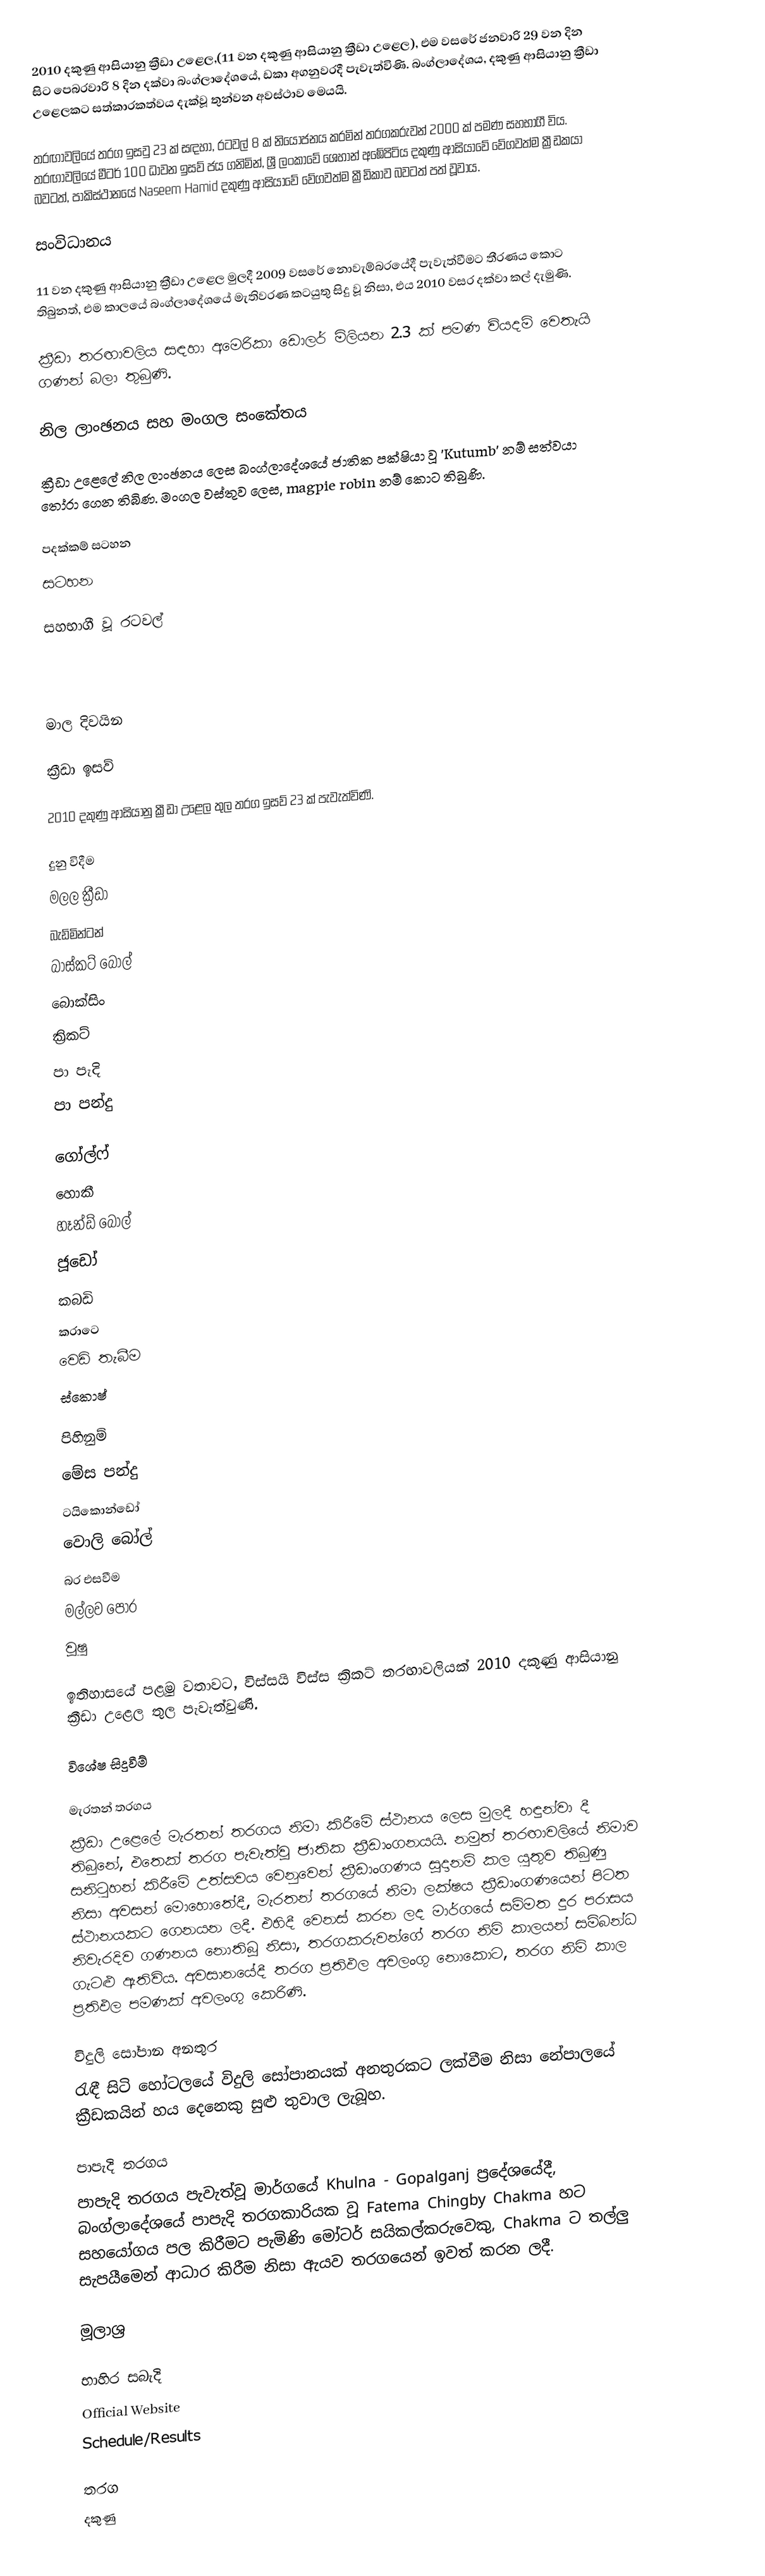
2010 දකුණු ආසියානු ක්‍රීඩා උළෙල,(11 වන දකුණු ආසියානු ක්‍රීඩා උළෙල), එම වසරේ ජනවාරි 29 වන දින සිට පෙබරවාරි 8 දින දක්වා බංග්ලාදේශයේ, ඩකා අගනුවරදී පැවැත්විණි. බංග්ලාදේශය, දකුණු ආසියානු ක්‍රීඩා උළෙලකට සත්කාරකත්වය දැක්වූ තුන්වන අවස්ථාව මෙයයි.

තරඟාවලියේ තරග ඉසවු 23 ක් සඳහා, රටවල් 8 ක් නියෝජනය කරමින් තරගකරුවන් 2000 ක් පමණ සහභාගී විය. තරඟාවලියේ මීටර් 100 ධාවන ඉසව් ජය ගනිමින්, ශ්‍රී ලංකාවේ ශෙහාන් අඹේපිටිය දකුණු ආසියාවේ වේගවත්ම ක්‍රීඩකයා බවටත්, පාකිස්ථානයේ Naseem Hamid  දකුණු ආසියාවේ වේගවත්ම ක්‍රීඩිකාව බවටත් පත් වූවාය.

සංවිධානය

11 වන දකුණු ආසියානු ක්‍රීඩා උළෙල මුලදී 2009 වසරේ නොවැම්බරයේදී පැවැත්වීමට තීරණය කොට තිබුනත්, එම කාලයේ බංග්ලාදේශයේ මැතිවරණ කටයුතු සිදු වූ නිසා, එය 2010 වසර දක්වා කල් දැමුණි.

ක්‍රීඩා තරඟාවලිය සඳහා අමෙරිකා ඩොලර් මිලියන 2.3 ක් පමණ වියදම් වෙතැයි ගණන් බලා තුබුණි.

නිල ලාංඡනය සහ මංගල සංකේතය

ක්‍රීඩා උළෙලේ නිල ලාංඡනය ලෙස බංග්ලාදේශයේ ජාතික පක්ෂියා වූ 'Kutumb' නම් සත්වයා තෝරා ගෙන තිබිණ. මංගල වස්තුව ලෙස, magpie robin නම් කොට තිබුණි.

පදක්කම් සටහන
සටහන

සහභාගී වූ රටවල්

 මාල දිවයින

ක්‍රීඩා ඉසව්

2010 දකුණු ආසියානු ක්‍රීඩා උළෙල තුල තරග ඉසව් 23 ක් පැවැත්විණි.

  දුනු විදීම
  මලල ක්‍රීඩා
  බැඩ්මින්ටන්
  බාස්කට් බෝල්
  බොක්සිං
  ක්‍රිකට්
  පා පැදි
  පා පන්දු

  ගෝල්ෆ්
  හොකී
  හෑන්ඩ් බෝල්
  ජූඩෝ
  කබඩි
  කරාටෙ
  වෙඩි තැබීම
  ස්කොෂ්

  පිහිනුම්
  මේස පන්දු
  ටයිකොන්ඩෝ
  වොලි බෝල්
  බර එසවීම
  මල්ලව පොර
  වූෂු

ඉතිහාසයේ පළමු වතාවට, විස්සයි විස්ස ක්‍රිකට් තරඟාවලියක් 2010 දකුණු ආසියානු ක්‍රීඩා උළෙල තුල පැවැත්වුණි.

විශේෂ සිදුවීම්

මැරතන් තරගය
ක්‍රීඩා උළෙලේ මැරතන් තරගය නිමා කිරීමේ ස්ථානය ලෙස මුලදී හඳුන්වා දී තිබුනේ, එතෙක් තරග පැවැත්වූ ජාතික ක්‍රීඩාංගනයයි. නමුත් තරඟාවලියේ නිමාව සනිටුහන් කිරීමේ උත්සවය වෙනුවෙන් ක්‍රීඩාංගණය සූදානම් කල යුතුව තිබුණු නිසා අවසන් මොහොතේදී, මැරතන් තරගයේ නිමා ලක්ෂය ක්‍රීඩාංගණයෙන් පිටත ස්ථානයකට ගෙනයන ලදී. එහිදී වෙනස් කරන ලද මාර්ගයේ සම්මත දුර පරාසය නිවැරදිව ගණනය නොතිබූ නිසා, තරගකරුවන්ගේ තරග නිමි කාලයන් සම්බන්ධ ගැටළු ඇතිවිය. අවසානයේදී තරග ප්‍රතිඵල අවලංගු නොකොට, තරග නිමි කාල ප්‍රතිඵල පමණක් අවලංගු කෙරිණි.

විදුලි සෝපාන අනතුර
රැඳී සිටි හෝටලයේ විදුලි සෝපානයක් අනතුරකට ලක්වීම නිසා නේපාලයේ ක්‍රීඩකයින් හය දෙනෙකු සුළු තුවාල ලැබූහ.

පාපැදි තරගය
පාපැදි තරගය පැවැත්වූ මාර්ගයේ Khulna - Gopalganj ප්‍රදේශයේදී, බංග්ලාදේශයේ පාපැදි තරගකාරියක වූ Fatema Chingby Chakma හට සහයෝගය පල කිරීමට පැමිණි මෝටර් සයිකල්කරුවෙකු, Chakma ට තල්ලු සැපයීමෙන් ආධාර කිරීම නිසා ඇයව තරගයෙන් ඉවත් කරන ලදී.

මූලාශ්‍ර

භාහිර සබැදි
 Official Website
 Schedule/Results

 තරග
දකුණු